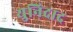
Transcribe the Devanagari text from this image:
युनिदाद